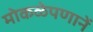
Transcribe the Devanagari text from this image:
मोकळेपणानें